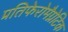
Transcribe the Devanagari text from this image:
प्रतिफेरोमैग्नेटिक